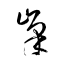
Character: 峯